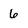
Character: 6